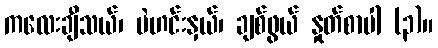
ကလေးချီသယ်၊ ပဲဟင်းနှယ်၊ ချစ်ဖွယ် နှုတ်စာပါ (၃)။